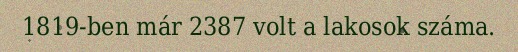
1819-ben már 2387 volt a lakosok száma.